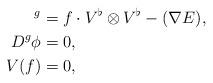
LaTeX: \begin{align*}^g &= f \cdot V^{\flat} \otimes V^{\flat} - (\nabla E), \\{D}^g \phi & = 0, \\V(f) &=0, \end{align*}